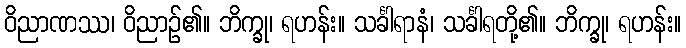
ဝိညာဏဿ၊ ဝိညာဉ်၏။ ဘိက္ခု၊ ရဟန်း။ သင်္ခါရာနံ၊ သင်္ခါရတို့၏။ ဘိက္ခု၊ ရဟန်း။